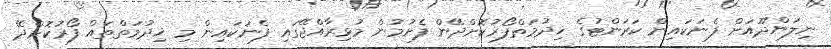
ނިލަންދޫއަށް ފެނަކައިން ކަރަންޓުގެ ޚިދުމަތްފޯރުކޮށްދޭން ފެށުމުން މުޅިރާއްޖޭގައި ފެނަކައިން މި ޚިދުމަތްތައް ފޯރުކޮށްދޭ